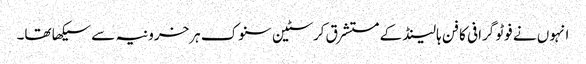
انہوں نے فوٹو گرافی کا فن ہالینڈ کے مستشرق کرسٹین سنوک ہرخرونیہ سے سیکھا تھا۔